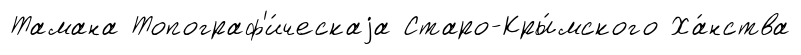
Тамана Топограф'и́ческаjа Старо-Кры́мского Ха́нства